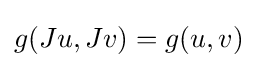
g(Ju,Jv)=g(u,v)